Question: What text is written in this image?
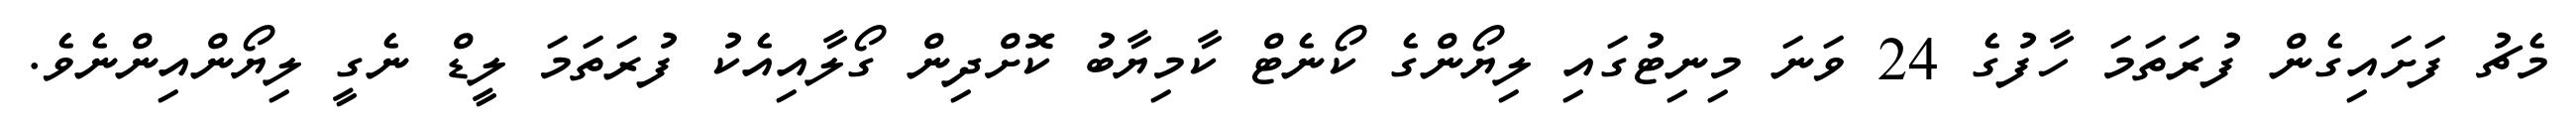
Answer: މެޗު ފަށައިގެން ފުރަތަމަ ހާފުގެ 24 ވަނަ މިނިޓުގައި ލިޔޯންގެ ކޯނެޓް ކާމިޔާބު ކޮށްދިން ގޯލާއިއެކު ފުރަތަމަ ލީޑް ނެގީ ލިޔޯންއިންނެވެ.